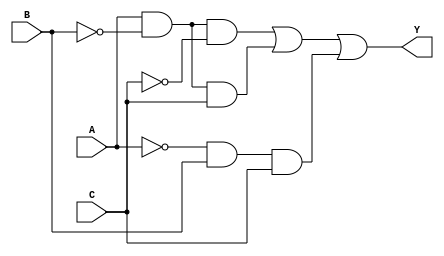
module SOP_Simplification (
    input wire A,      // Input variable A
    input wire B,      // Input variable B
    input wire C,      // Input variable C
    output wire Y      // Output of the SOP expression
);
    // Internal wire for the SOP expression
    wire m0, m1, m2, m3, m4, m5, m6, m7;

    // Minterms: For example, let's assume we want to implement the SOP for minterms 1, 2, 5
    assign m0 = 1'b0;  // 000
    assign m1 = A & ~B & ~C; // 001
    assign m2 = A & ~B & C;  // 010
    assign m3 = A & B & ~C;   // 011
    assign m4 = ~A & B & ~C;  // 100
    assign m5 = ~A & B & C;   // 101
    assign m6 = ~A & ~B & C;  // 110
    assign m7 = A & B & C;     // 111

    // Sum of products (SOP) expression based on identified minterms
    assign Y = m1 | m2 | m5; // Only sum the minterms where output is 1 (1, 2, 5)

endmodule